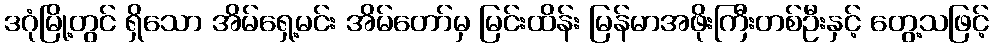
ဒဂုံမြို့တွင် ရှိသော အိမ်ရှေ့မင်း အိမ်တော်မှ မြင်းထိန်း မြန်မာအဖိုးကြီးတစ်ဦးနှင့် တွေ့သဖြင့်